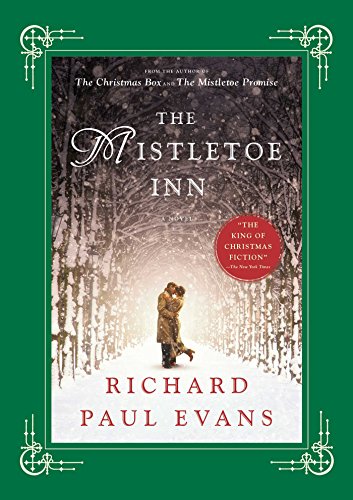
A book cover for The Mistletoe Inn: A Novel (The Mistletoe Collection); Richard Paul Evans; Romance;